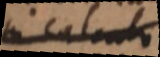
in calculo